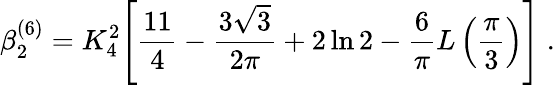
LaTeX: \beta_{2}^{(6)}=K_{4}^{2}\Bigg[\frac{11}{4}-\frac{3\sqrt{3}}{2\pi}+2\ln 2-\frac{6}{\pi}L\left(\frac{\pi}{3}\right)\Bigg]\; .